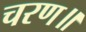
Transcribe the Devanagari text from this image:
चरण॥